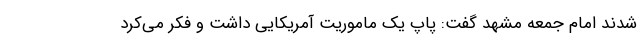
شدند امام جمعه مشهد گفت: پاپ یک ماموریت آمریکایی داشت و فکر می‌کرد